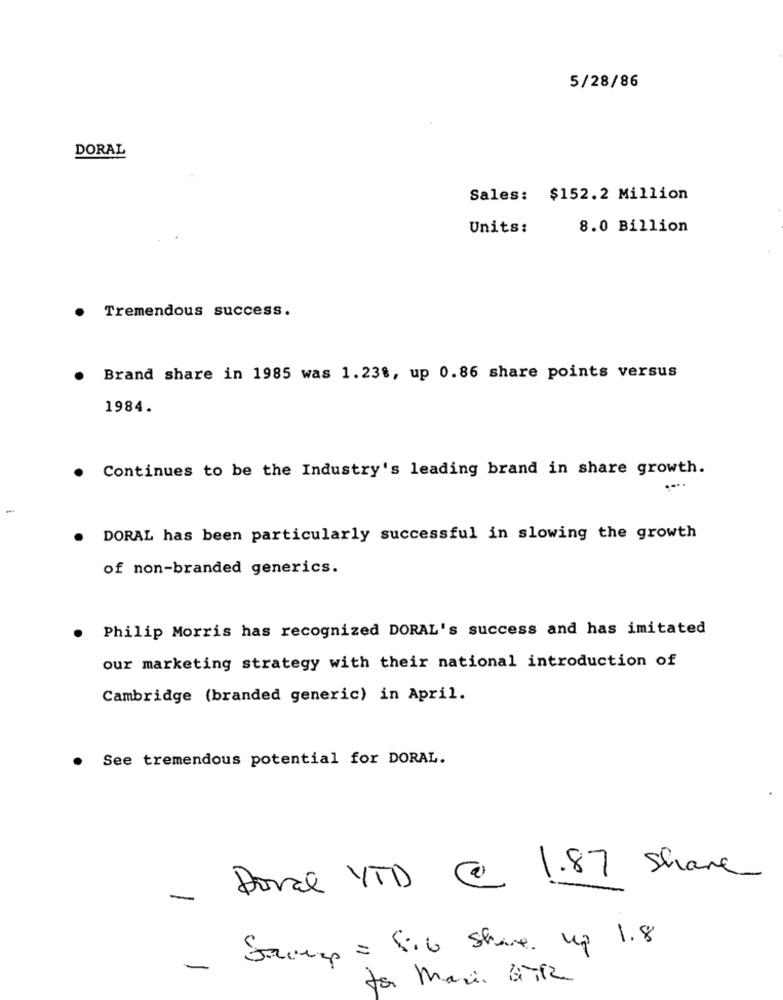
5/28/86
DORAL
Sales: $152.2 Million
Units:
8.0 Billion
Tremendous success.
Brand share in 1985 was 1.238, up 0.86 share points versus
1984.
Continues to be the Industry's leading brand in share growth.
.
....
-
DORAL has been particularly successful in slowing the growth
of non-branded generics.
Philip Morris has recognized DORAL's success and has imitated
our marketing strategy with their national introduction of
Cambridge (branded generic) in April.
See tremendous potential for DORAL.
@ 1.87 Share
Doval VTD
-
Stamp = 416 Share up 1.8
-
for marsi bitte